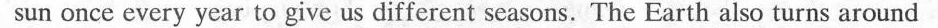
sun once every year to give us different seasons. The Earth also turns around